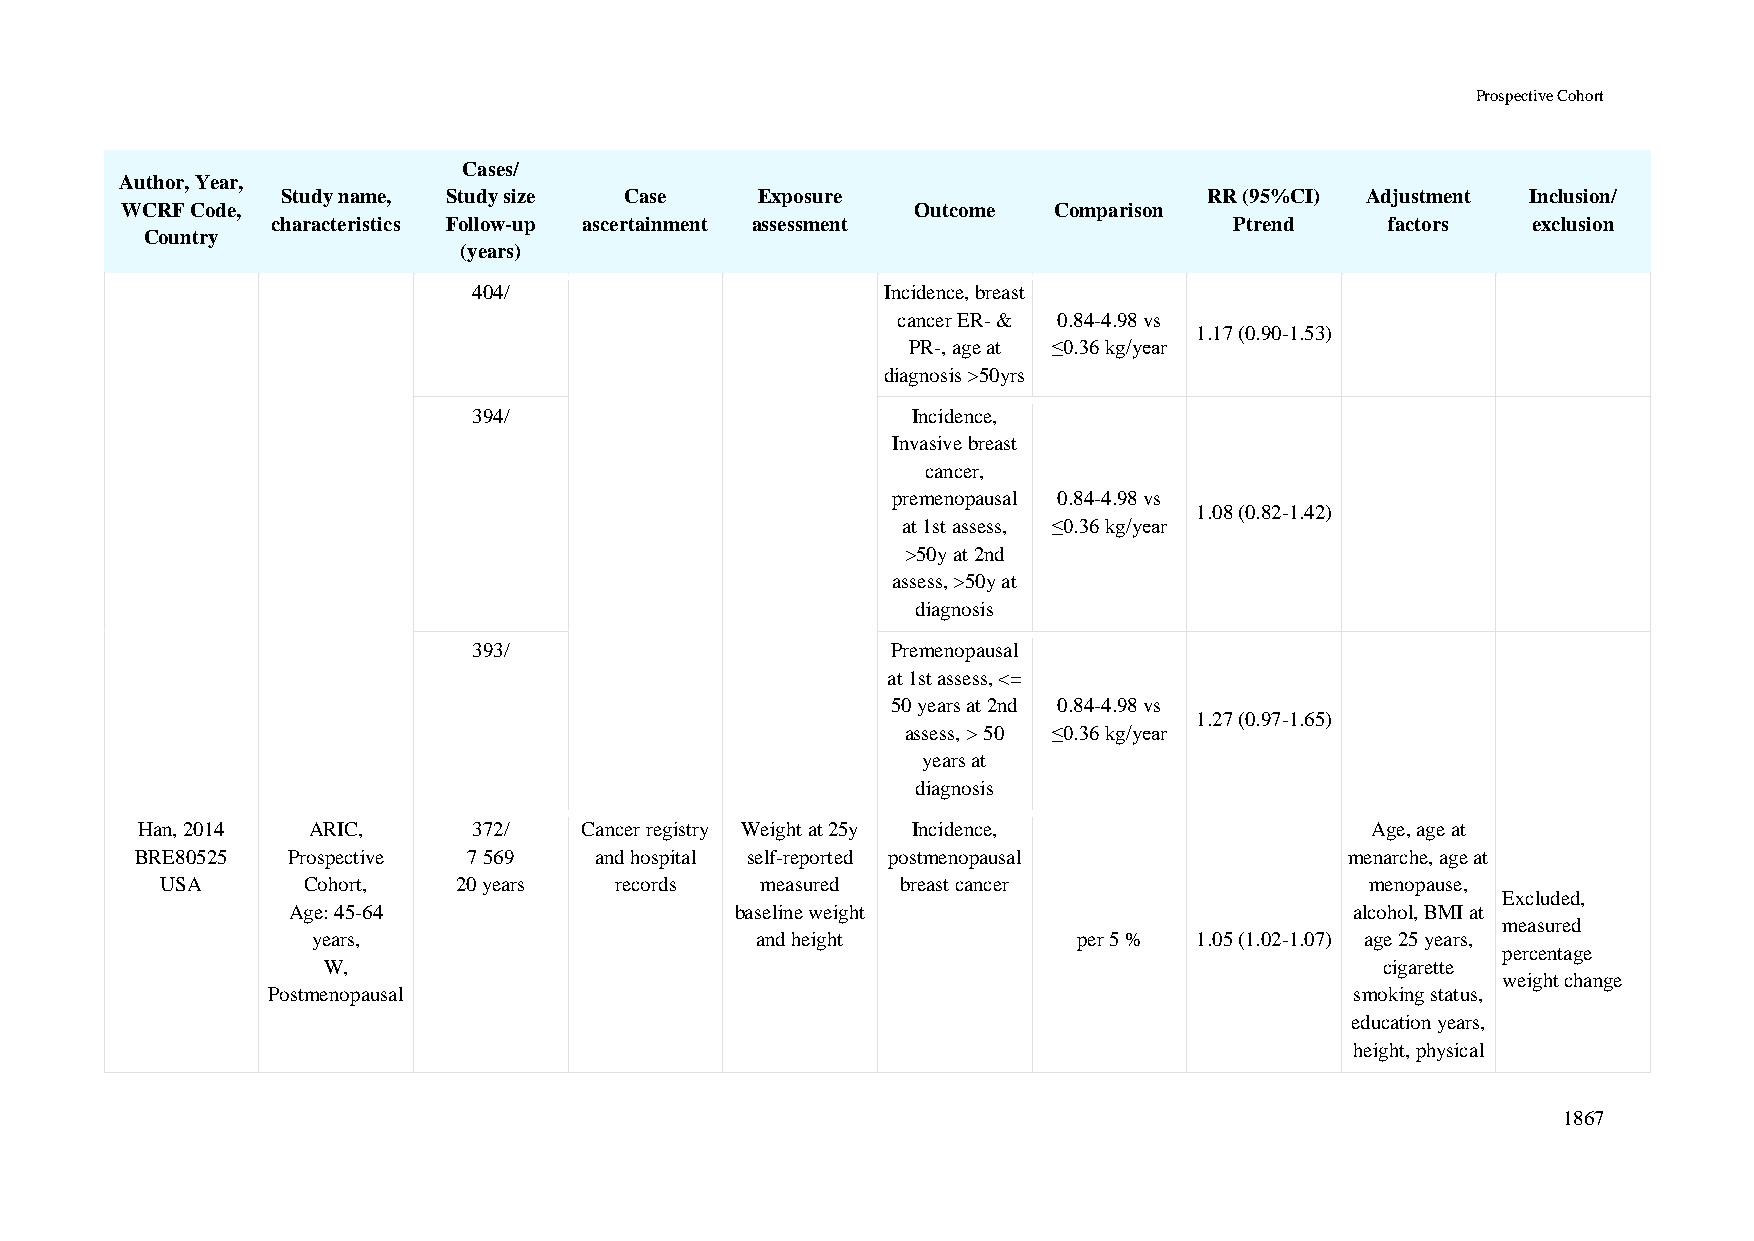
Prospective Cohort
 Cases/
 Author, Year,
 Study name, Study size Case    Exposure                      RR (95%CI) Adjustment Inclusion/
 WCRF Code,                                           Outcome  Comparison
 characteristics Follow-up ascertainment assessment              Ptrend    factors  exclusion
 Country
 (years)
 404/                        Incidence, breast
 cancer ER- & 0.84-4.98 vs
 1.17 (0.90-1.53)
 PR-, age at ≤0.36 kg/year
 diagnosis >50yrs
 394/                         Incidence,
 Invasive breast
 cancer,
 premenopausal 0.84-4.98 vs
 1.08 (0.82-1.42)
 at 1st assess, ≤0.36 kg/year
 >50y at 2nd
 assess, >50y at
 diagnosis
 393/                        Premenopausal
 at 1st assess, <=
 50 years at 2nd 0.84-4.98 vs
 1.27 (0.97-1.65)
 assess, > 50 ≤0.36 kg/year
 years at
 diagnosis
 Han, 2014  ARIC,      372/   Cancer registry Weight at 25y Incidence,             Age, age at
 BRE80525  Prospective 7 569   and hospital self-reported postmenopausal         menarche, age at
 USA      Cohort,   20 years   records  measured  breast cancer                  menopause,
 Excluded,
 Age: 45-64                    baseline weight                          alcohol, BMI at
 measured
 years,                       and height           per 5 % 1.05 (1.02-1.07) age 25 years,
 percentage
 W,                                                                     cigarette
 weight change
 Postmenopausal                                                          smoking status,
 education years,
 height, physical
 1867